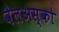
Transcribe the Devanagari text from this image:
वेलअस्को